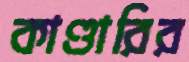
কাণ্ডারির